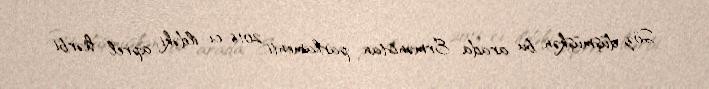
Söz düşmüşkən, bu arada Ermənistan parlamenti 2016-cı ildəki aprel hərbi